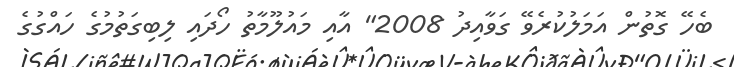
ބެހޭ ގޮތުން އަމަލުކުރެވޭ ގަވާއިދު 2008" އާއި މައުލޫމާތު ހޯދައި ލިބިގަތުމުގެ ހައްގުގެ